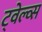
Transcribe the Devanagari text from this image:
ट्वेल्व्स